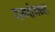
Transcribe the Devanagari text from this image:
रामशेजच्या